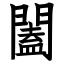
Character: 闔